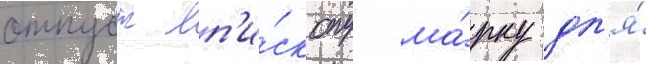
отпуст еп'и́скопу ма́рку дл'я́